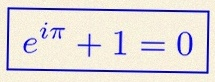
e^{i\pi}+1=0